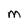
Character: M